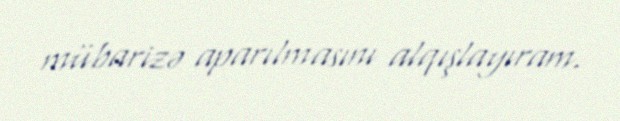
mübarizə aparılmasını alqışlayıram.